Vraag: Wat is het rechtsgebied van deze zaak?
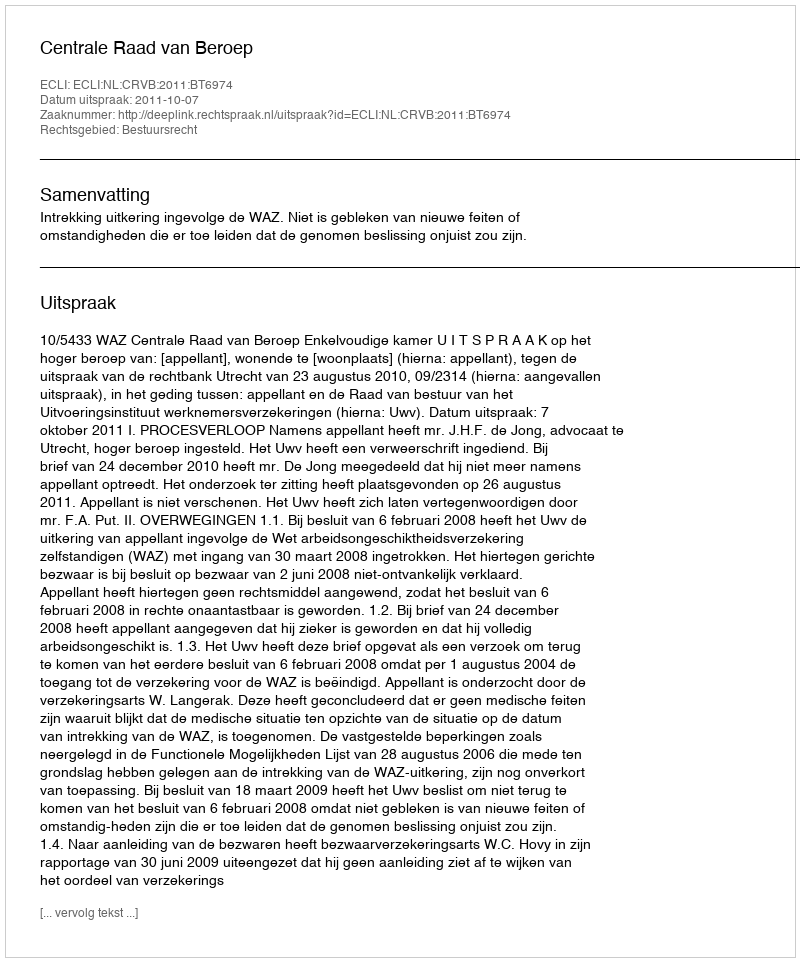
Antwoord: Bestuursrecht